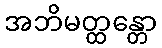
အဘိမတ္ထန္တော